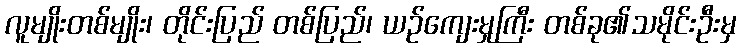
လူမျိုးတစ်မျိုး၊ တိုင်းပြည် တစ်ပြည်၊ ယဉ်ကျေးမှုကြီး တစ်ခု၏သမိုင်းဦးမှ